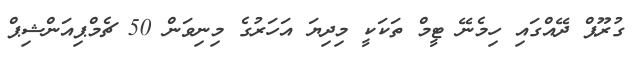
ގުރޫޕް ދޭއްގައި ހިމެނޭ ޓީމް ތަކަކީ މިދިޔަ އަހަރުގެ މިނިވަން 50 ޗެމްޕިއަންޝިޕް